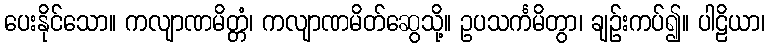
ပေးနိုင်သော။ ကလျာဏမိတ္တံ၊ ကလျာဏမိတ်ဆွေသို့။ ဥပသင်္ကမိတွာ၊ ချဉ်းကပ်၍။ ပါဠိယာ၊